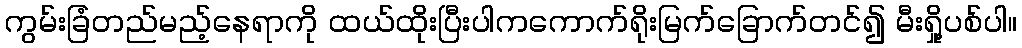
ကွမ်းခြံတည်မည့်နေရာကို ထယ်ထိုးပြီးပါကကောက်ရိုးမြက်ခြောက်တင်၍ မီးရှို့ပစ်ပါ။